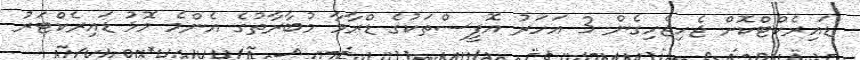
ޑައިރެކްޓްކޮށް ޖެހިޖެހިގެން 3 އަހަރު އޮފީސްތަކުގެ ޑްރާމާ މުބާރާތުގެ އެންމެ މޮޅު ޑައިރެކްޓަރު